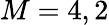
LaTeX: M=4,2